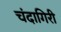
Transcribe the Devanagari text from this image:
चंदागिरी